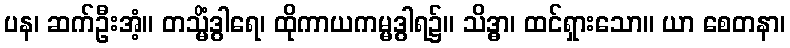
ပန၊ ဆက်ဦးအံ့။ တသ္မိံဒွါရေ၊ ထိုကာယကမ္မဒွါရ၌။ သိဒ္ဓာ၊ ထင်ရှားသော။ ယာ စေတနာ၊